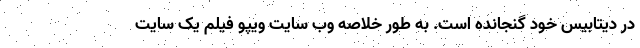
در دیتابیس خود گنجانده است. به طور خلاصه وب سایت ویپو فیلم یک سایت